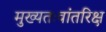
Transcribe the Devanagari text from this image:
मुख्‍यतःवांतरिक्ष